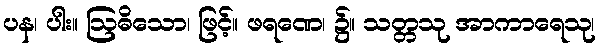
ပန၊ ပါး။ ဩဓိသော၊ ဖြင့်။ ဖရဏေ၊ ၌။ သတ္တသု အာကာရေသု၊